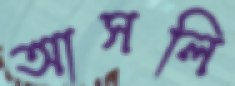
আসলি